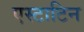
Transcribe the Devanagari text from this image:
एस्टाटिन